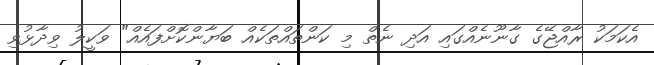
އެކަމަކު ރާއްޖޭގެ ގާނޫނެއްގައި އަދި ނެތް މި ކަންތައްތަކެއް ބަޔާންކޮށްފައެއް" ވަކީލު ވިދާޅުވި